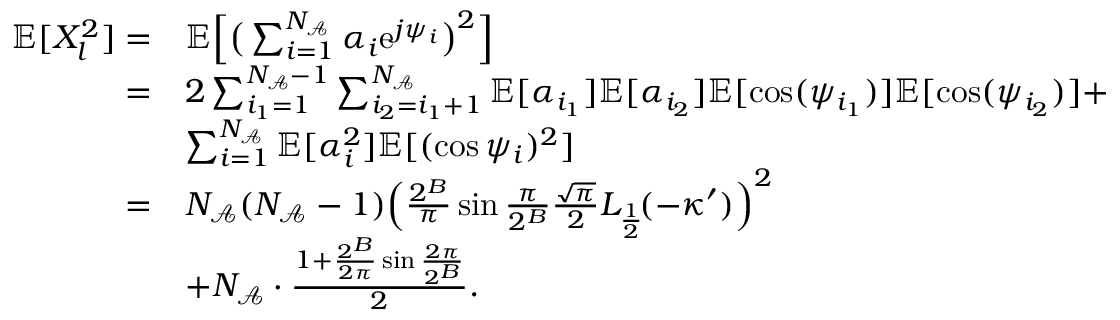
\begin{array} { r l } { \mathbb { E } [ X _ { l } ^ { 2 } ] = } & { \mathbb { E } \Big [ \big ( \sum _ { i = 1 } ^ { N _ { \mathcal { A } } } \alpha _ { i } \mathrm { e } ^ { j \psi _ { i } } \big ) ^ { 2 } \Big ] } \\ { = } & { 2 \sum _ { i _ { 1 } = 1 } ^ { N _ { \mathcal { A } } - 1 } \sum _ { i _ { 2 } = i _ { 1 } + 1 } ^ { N _ { \mathcal { A } } } \mathbb { E } [ \alpha _ { i _ { 1 } } ] \mathbb { E } [ \alpha _ { i _ { 2 } } ] \mathbb { E } [ \cos ( \psi _ { i _ { 1 } } ) ] \mathbb { E } [ \cos ( \psi _ { i _ { 2 } } ) ] + } \\ & { \sum _ { i = 1 } ^ { N _ { \mathcal { A } } } \mathbb { E } [ \alpha _ { i } ^ { 2 } ] \mathbb { E } [ ( \cos \psi _ { i } ) ^ { 2 } ] } \\ { = } & { N _ { \mathcal { A } } ( N _ { \mathcal { A } } - 1 ) \Big ( \frac { 2 ^ { B } } { \pi } \sin \frac { \pi } { 2 ^ { B } } \frac { \sqrt { \pi } } { 2 } L _ { \frac { 1 } { 2 } } \! ( - \kappa ^ { \prime } ) \Big ) ^ { 2 } } \\ & { + N _ { \mathcal { A } } \cdot \frac { 1 + \frac { 2 ^ { B } } { 2 \pi } \sin \frac { 2 \pi } { 2 ^ { B } } } { 2 } . } \end{array}